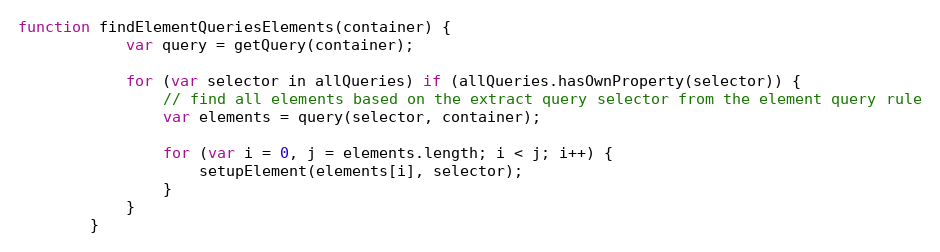
Language: JavaScript
function findElementQueriesElements(container) {
            var query = getQuery(container);

            for (var selector in allQueries) if (allQueries.hasOwnProperty(selector)) {
                // find all elements based on the extract query selector from the element query rule
                var elements = query(selector, container);

                for (var i = 0, j = elements.length; i < j; i++) {
                    setupElement(elements[i], selector);
                }
            }
        }